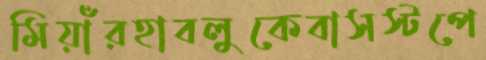
মিয়াঁরহাবলুকেবাসস্টপে